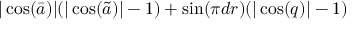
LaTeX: | \cos ( \bar { a } ) | ( | \cos ( \tilde { a } ) | - 1 ) + \sin ( { { \pi d } \o { r } } ) ( | \cos ( q ) | - 1 )